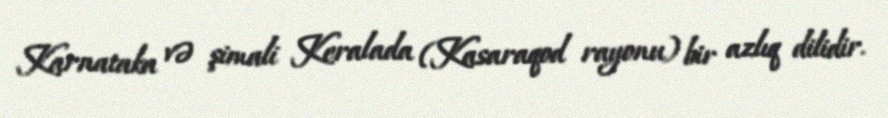
Karnataka və şimali Keralada (Kasaraqod rayonu) bir azlıq dilidir.